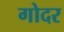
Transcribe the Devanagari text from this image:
गोदर